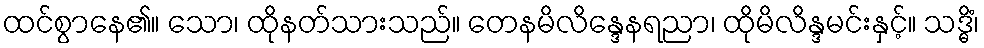
ထင်စွာနေ၏။ သော၊ ထိုနတ်သားသည်။ တေနမိလိန္ဒေနရညာ၊ ထိုမိလိန္ဒမင်းနှင့်။ သဒ္ဓိံ၊